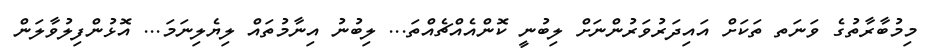
މިމުބާރާތުގެ ވަނަތ ތަކަށް އައިދަރުވަރުންނަށް ލިބުނީ ކޮންއެއްޗެއްތަ... ލިބުނު އިނާމުތައް ލިޔެލިނަމަ... އޮޅުންފިލުވާލަން